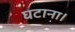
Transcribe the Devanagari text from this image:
घटाना।